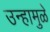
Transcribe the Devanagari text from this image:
उन्हामुळे